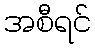
အစီရင်